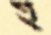
হ